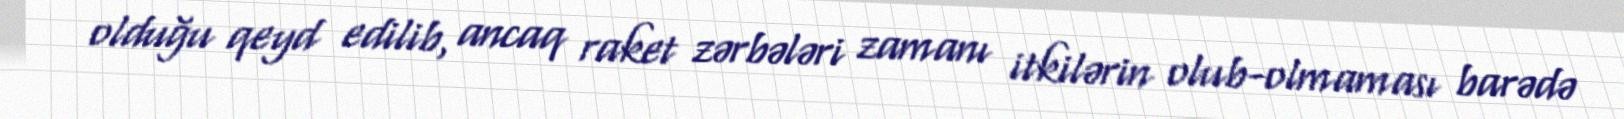
olduğu qeyd edilib, ancaq raket zərbələri zamanı itkilərin olub-olmaması barədə